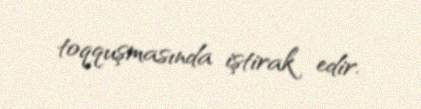
toqquşmasında iştirak edir.